Vaccination North-Western Provinces and Oudh 1878-1895 - 1878-1895
Year: 1878
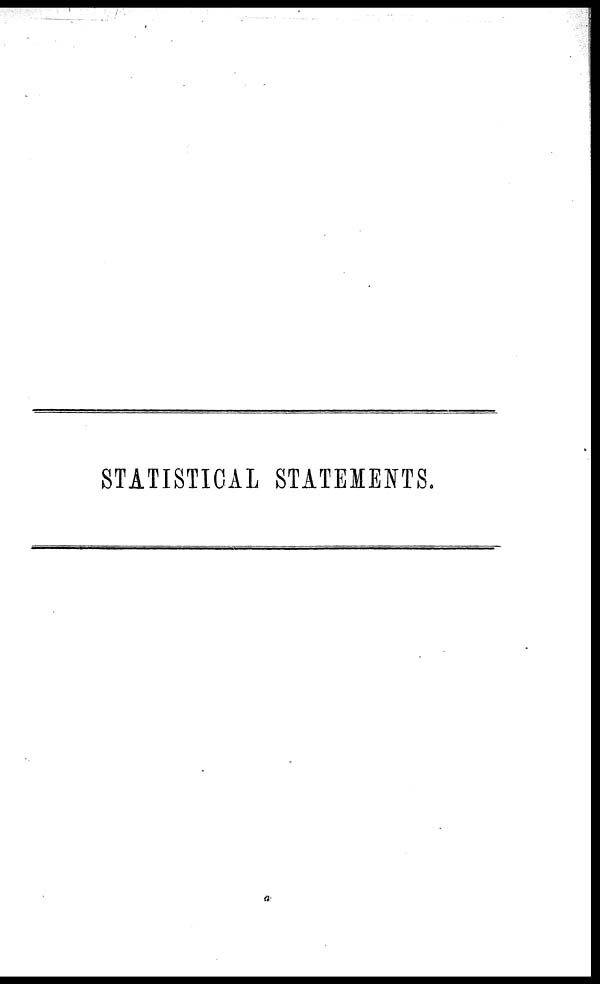
STATISTICAL STATEMENTS.